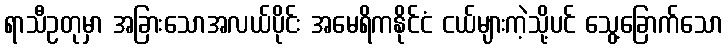
ရာသီဥတုမှာ အခြားသောအလယ်ပိုင်း အမေရိကနိုင်ငံ ငယ်များကဲ့သို့ပင် သွေ့ခြောက်သော